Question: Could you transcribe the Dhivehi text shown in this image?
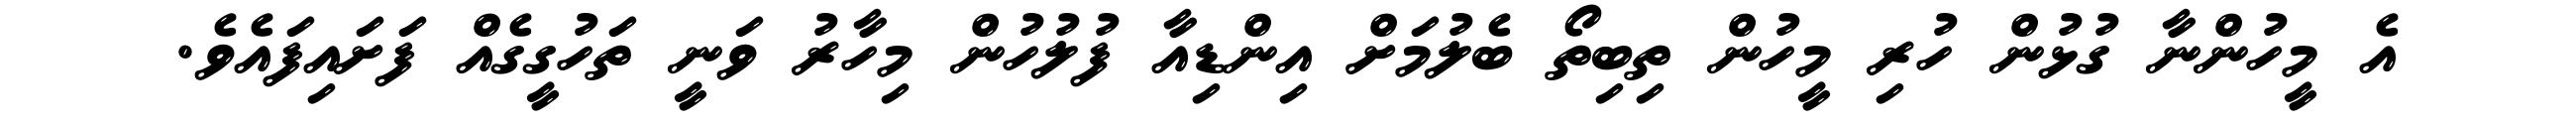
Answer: އެ މީހުންނާ ގުޅުން ހުރި މީހުން ތިބިތޯ ބެލުމަށް އިންޑިއާ ފުލުހުން މިހާރު ވަނީ ތަހުގީގެއް ފަށައިފައެވެ.